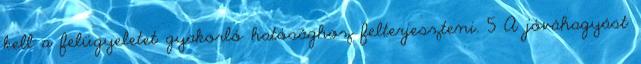
kell a felügyeletet gyakorló hatósághoz felterjeszteni. 5 A jóváhagyást